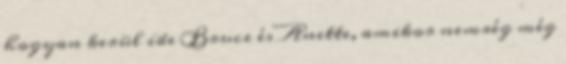
hogyan kerül ide Bruce és Anette, amikor nemrég még